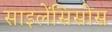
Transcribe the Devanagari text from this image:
साइलेंसिसोस